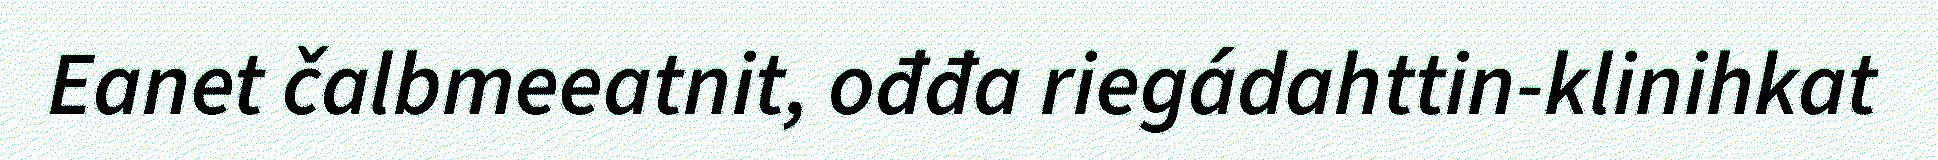
Eanet čalbmeeatnit, ođđa riegádahttin-klinihkat